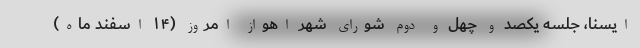
ایسنا، جلسه یکصد و چهل و دوم شورای شهر اهواز امروز (۱۴ اسفند ماه)